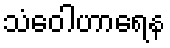
သံဝေါဟာရေန